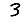
Digit: 3